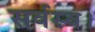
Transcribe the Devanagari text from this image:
सर्वस्व।